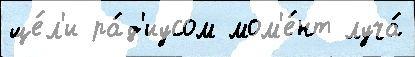
ще́л'и ра́д'иусом мом'е́нт луча́